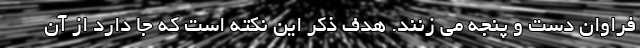
فراوان دست و پنجه می زنند. هدف ذکر این نکته است که جا دارد از آن